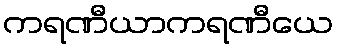
ကရဏီယာကရဏီယေ